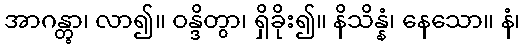
အာဂန္တွာ၊ လာ၍။ ဝန္ဒိတွာ၊ ရှိခိုး၍။ နိသိန္နံ၊ နေသော။ နံ၊